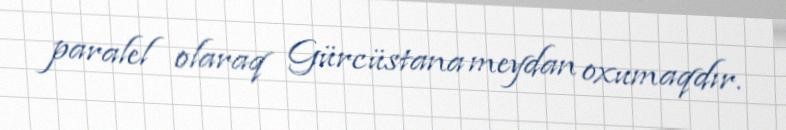
paralel olaraq Gürcüstana meydan oxumaqdır.